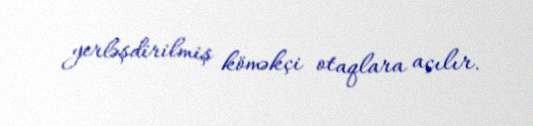
yerləşdirilmiş köməkçi otaqlara açılır.